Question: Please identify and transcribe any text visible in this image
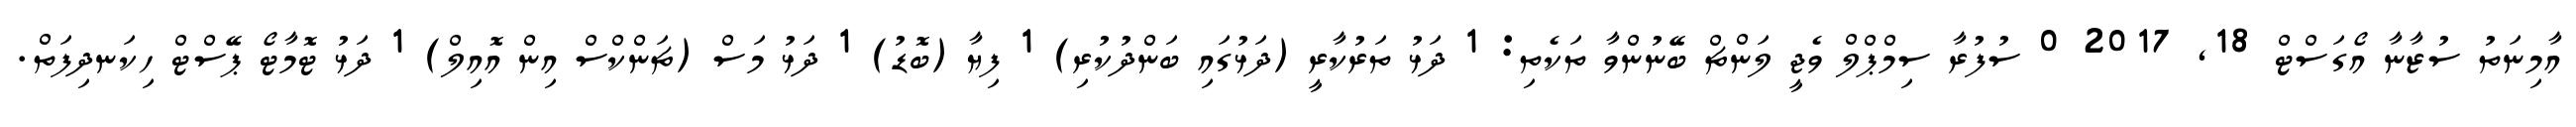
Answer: އާމިނަތު ސުޒާނާ އޯގަސްޓް 18, 2017 0 ސުފުރާ ސިމްޕްލް ވެޖީ ލަންޗް ބޭނުންވާ ތަކެތި: 1 ދަޅު ތަރުކާރީ (ދަޅުގައި ބަންދުކުރި) 1 ފިޔާ (ބޮޑު) 1 ދަޅު މަސް (ޗަންކްސް އިން އޮއިލް) 1 ދަޅު ޓޮމާޓޯ ޕޭސްޓް ހިކަނދިފަތް.